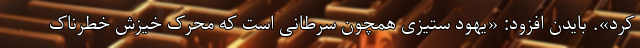
کرد». بایدن افزود: «یهود ستیزی همچون سرطانی است که محرک خیزش خطرناک